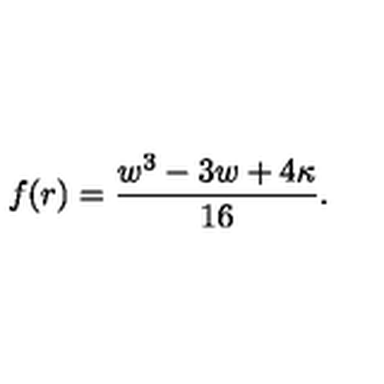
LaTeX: f ( r ) = \frac { w ^ { 3 } - 3 w + 4 \kappa } { 1 6 } .